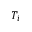
T _ { i }